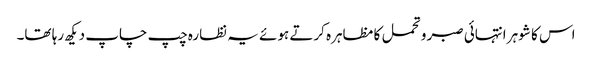
اس کا شوہر انتہائی صبر و تحمل کا مظاہرہ کرتے ہوئے یہ نظارہ چپ چاپ دیکھ رہا تھا۔